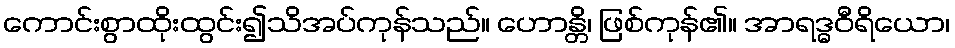
ကောင်းစွာထိုးထွင်း၍သိအပ်ကုန်သည်။ ဟောန္တိ၊ ဖြစ်ကုန်၏။ အာရဒ္ဓဝီရိယော၊